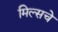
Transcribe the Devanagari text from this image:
मिल्सचे